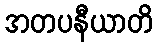
အတပနီယာတိ